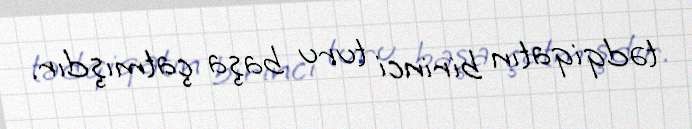
tədqiqatın birinci turu başa çatmışdır.